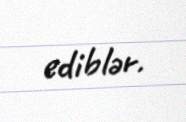
ediblər.